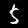
Digit: 5